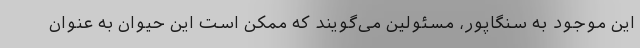
این موجود به سنگاپور، مسئولین می‌گویند که ممکن است این حیوان به عنوان